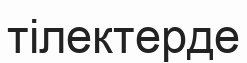
тілектерде